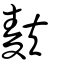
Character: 麩